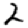
Digit: 2